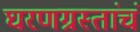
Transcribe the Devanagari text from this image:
घरणग्रस्तांचं